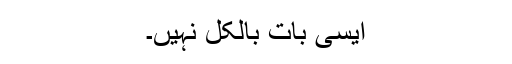
ایسی بات بالکل نہیں۔